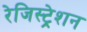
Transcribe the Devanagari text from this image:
रेजिस्ट्रेशन